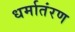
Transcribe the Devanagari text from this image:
धर्मातंरण